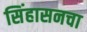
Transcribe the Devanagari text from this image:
सिंहासनचा